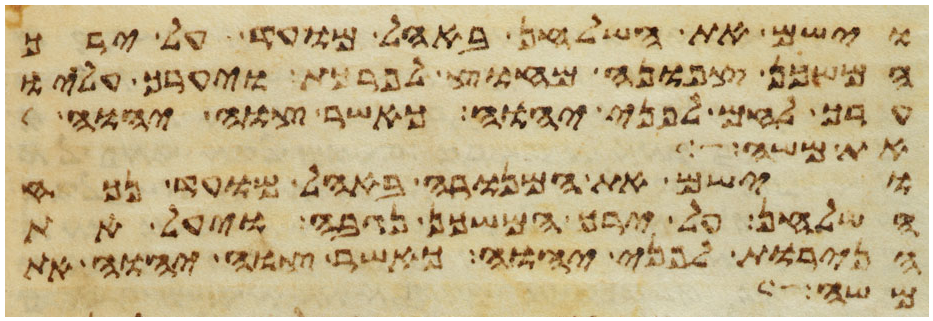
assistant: וישם את השלחן באהל מועד על ירך
המשכן צפונה מחוץ לפרכת ויערך עליו
ערך לחם לפני יהוה כאשר צוה יהוה
את משה
וישם את המנורה באהל מועד נכח
השלחן על ירך המשכן נגבה ויעל את
הנרות לפני יהוה כאשר צוה יהוה את
משה